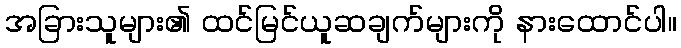
အခြားသူများ၏ ထင်မြင်ယူဆချက်များကို နားထောင်ပါ။